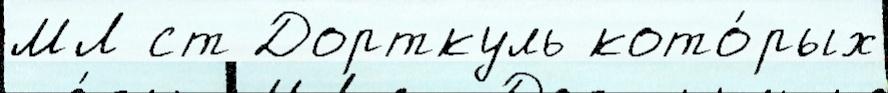
МЛ ст Дорткуль кото́рых